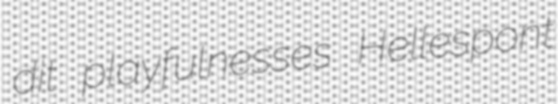
dit playfulnesses Hellespont